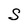
Character: S